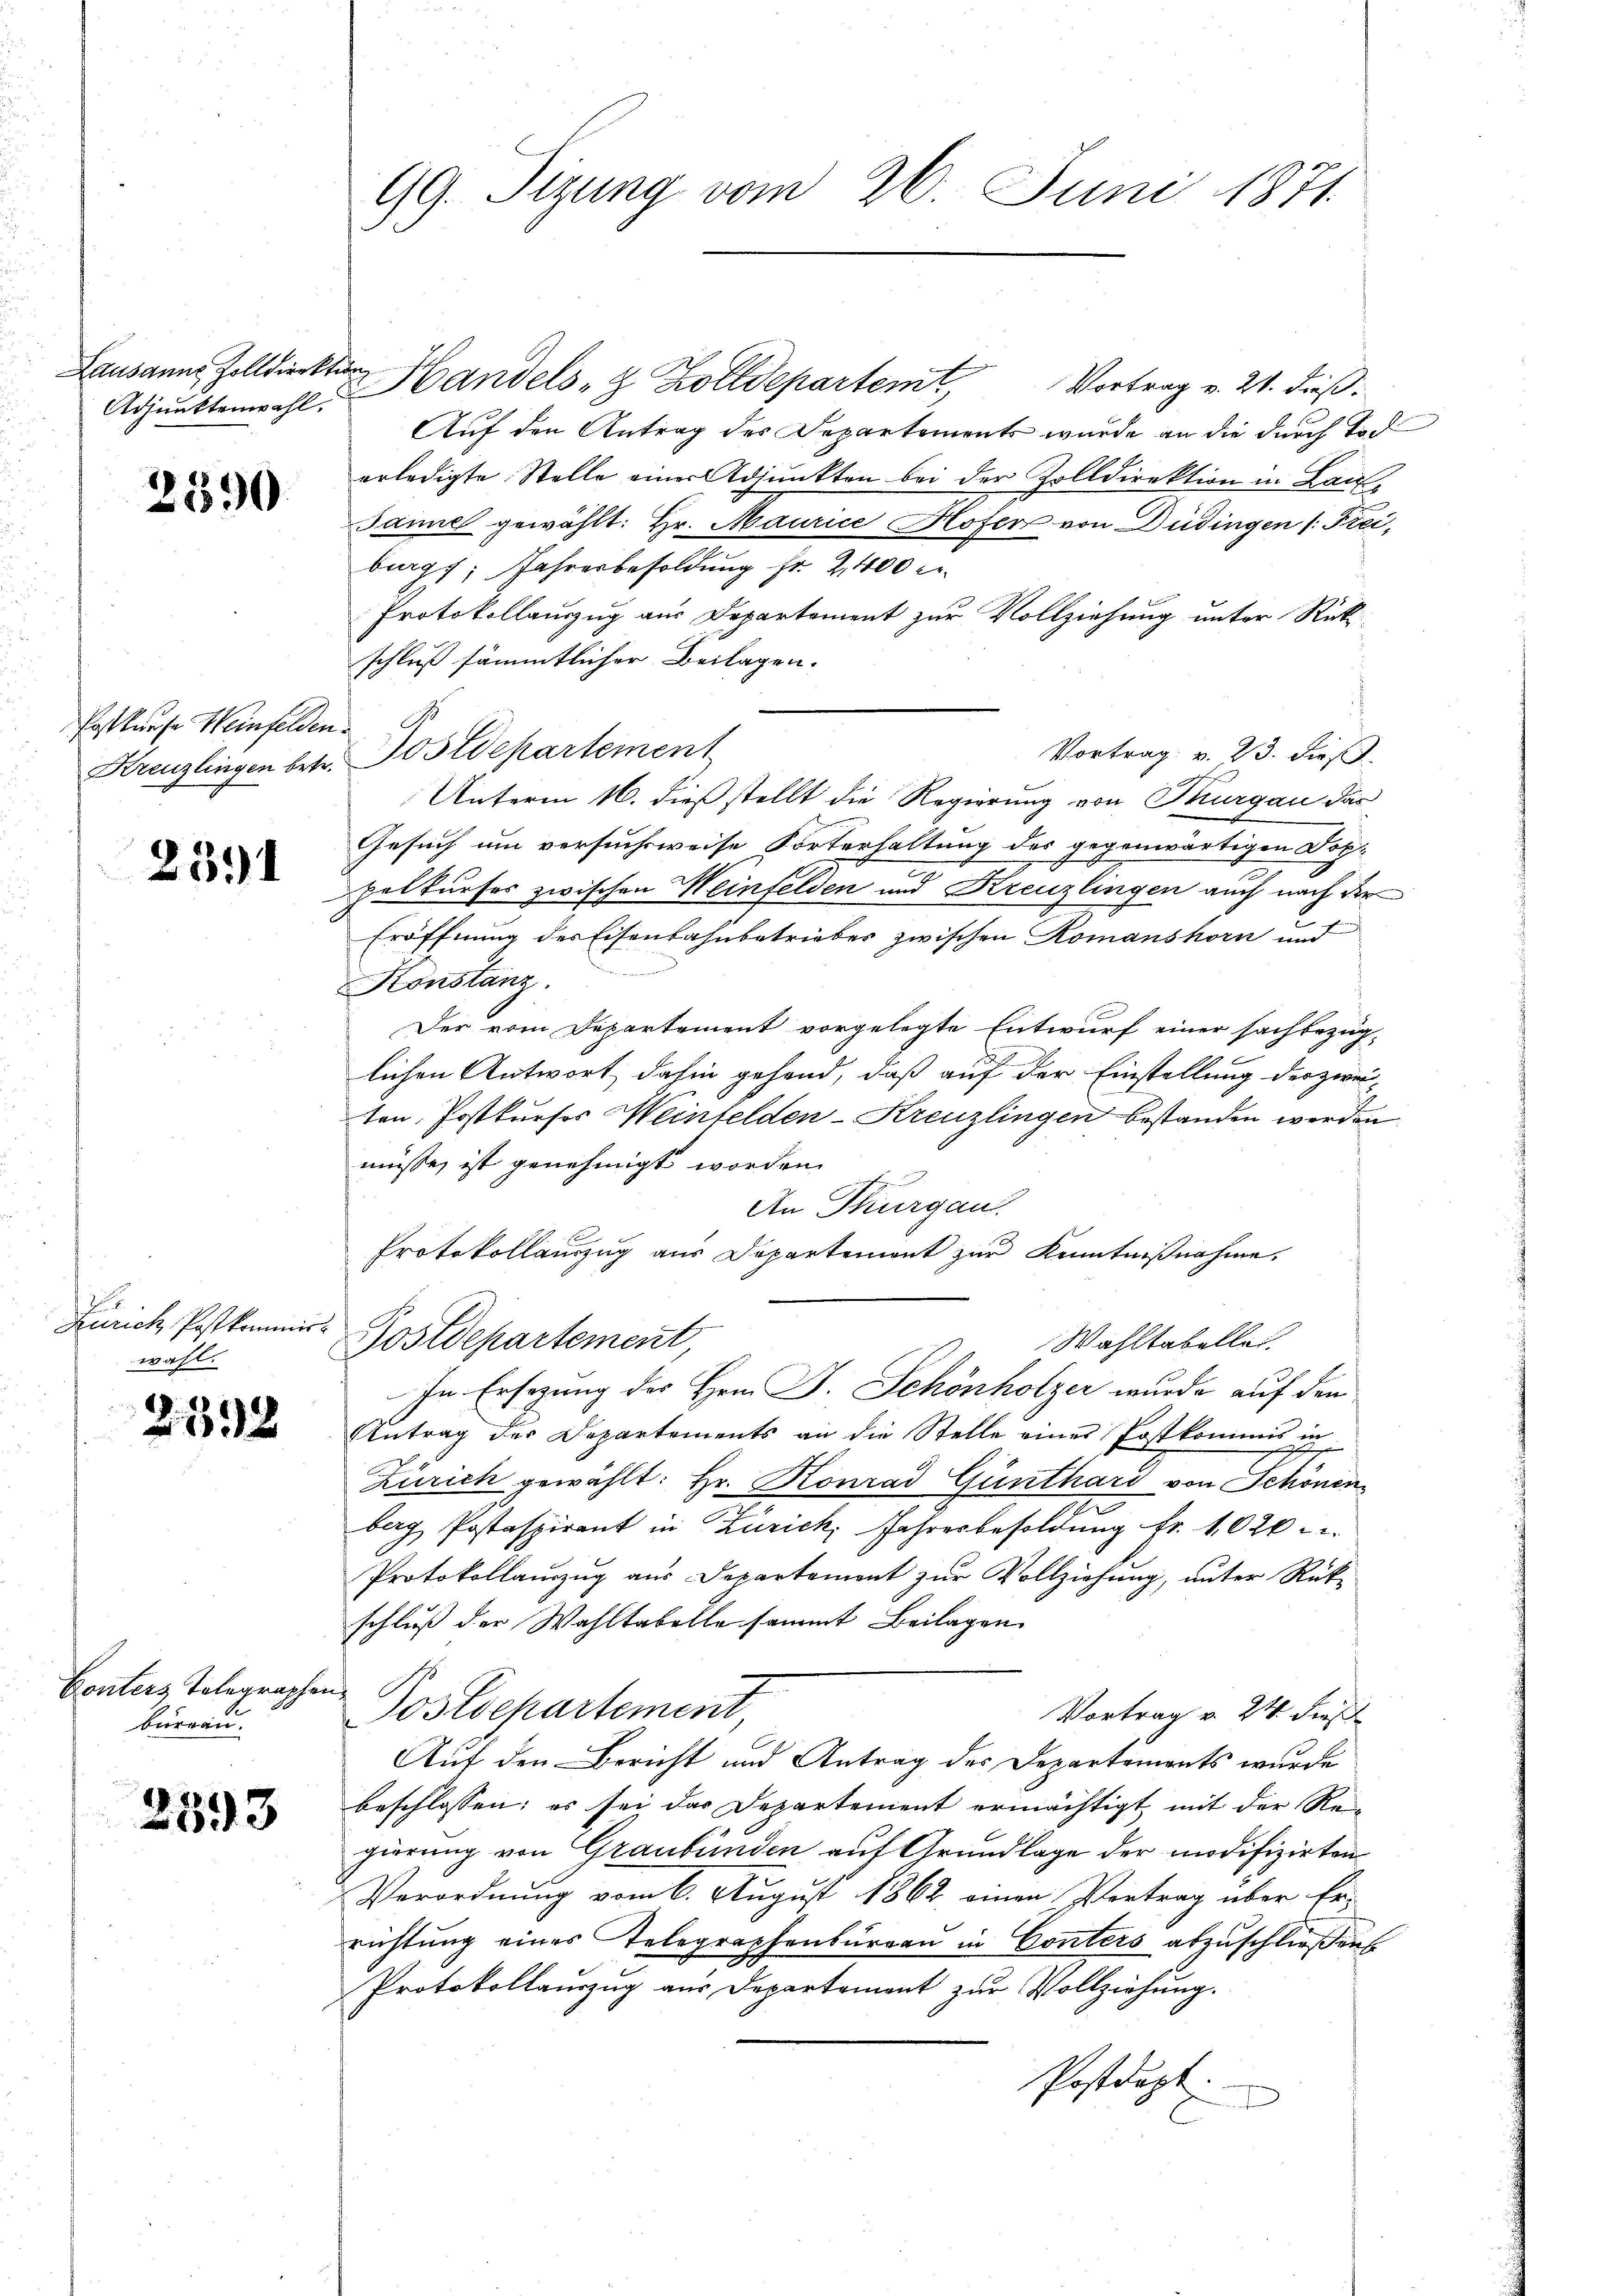
Lausanne Zolldirektion
Adjunktenwohl.

2590

Postkurse Weinfelden

2391

Zürich, Postkommis-
wahl.

2398

Conters Tolegraphen
bureau.

2393

Handels- & Zolldepartemt
Vortrag v. 21. dieß:
Auf den Antrag des Departements wurde an die durch Tod
erledigte Stelle einer Adjunkten bei der Zolldirektion in Hau
Jannes gewählt: Hr. Maurice Hofer von Düdingen (Krei,
burg, Jahresbesoldung fr 2,400 e
Protokollauszug aus Departement zur Vollziehung unter Rück
schluß sämmtlicher Beilagen.
Vortrag v. 23. dieß
Kreuzlingen betr. Postdepartement
Unterm 16. dieß stellt die Regierung von Thurgau das
Gesuch um versuchsweise Sorterhaltung des gegenwärtigen Dok-
pelkurses zwischen Weinfelden und Kreuzlingen auch nach der
Eröffnung des Eisenbahnbetriebes zwischen Romanshorn und
e
Konstanz.
Der vom Departement vorgelegte Entwurf einer sachbezüglichen Antwort dahin gehand, daß auf der Einstellung der zweiten. Postkurses Weinfelden-Kreuzlingen bestanden werden
müsse, ist genehmigt worden.
infeg
An Thurgau.
Protokollauszug aus Departemont zur Kenntnißnahme,
 Postdepartement,
Wahltabellei
In Ersezung des Hrn. J. Schönholzer wurde auf den
Antrag der Departements an die Stelle eines Postkommis in
Zürich gewählt: Hr. Konrad Günthard von Schönen
berg Postaspirant in Zürich, Jahresbesoldung Fr. 1020
Protokollauszug aus Departement zur Vollziehung, unter Rück-
schluß der Wahltabelle sammt Beilagen
Postdepartement
Vortrag v. 24. Fens
Auf den Bericht und Antrag des Departements wurde
beschlossen; es sei das Departement ermächtigt mit der Re-
gierung von Graubünden auf Grundlage der modifizirten
Verordnung vom 6. August 1862 einen Vertrag über Er-
richtung eines Telegraphenburgau in Conters abzuschließen
Protokollenzug aus Departement zur Vollziehung.
Postdept.
t

99. Sizung vom 26. Juni 1871